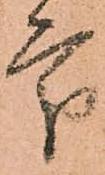
處